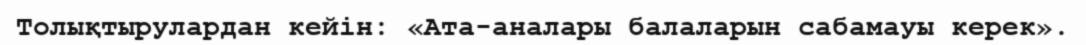
Толықтырулардан кейін: «Ата-аналары балаларын сабамауы керек».